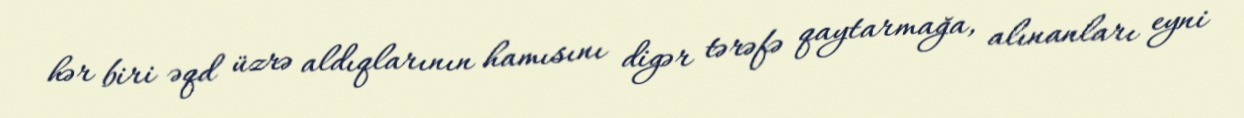
hər biri əqd üzrə aldıqlarının hamısını digər tərəfə qaytarmağa, alınanları eyni